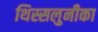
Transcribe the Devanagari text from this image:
थिस्सलुनीका